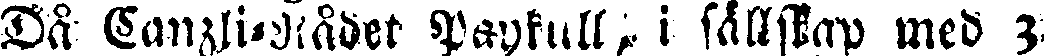
Då Canzli-Rådet Paykull, i sällskap med 3